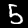
Label: 5